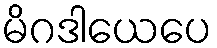
မိဂဒါယေပေ